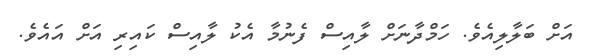
އަަށް ބަލާލިއެވެ. ހަމްދާނަށް ލާއިސް ފެނުމާ އެކު ލާއިސް ކައިރި އަށް އައެވެ.